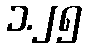
၁.၂၅